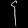
Digit: ၄